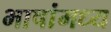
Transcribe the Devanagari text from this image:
भाषांमध्य